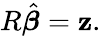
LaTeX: R{\hat{\boldsymbol{\beta}}}=\mathbf{z}.